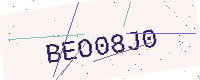
Text: BEO08J0